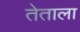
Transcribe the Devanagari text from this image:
तेताला